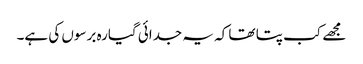
مجھے کب پتا تھا کہ یہ جدائی گیارہ برسوں کی ہے۔